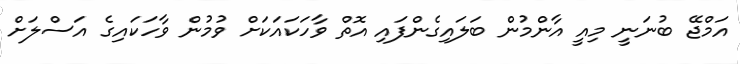
އަމްޖޭ ބުނަނީ މިއީ އާންމުން ބަލައިގެންފައި އޮތް ވާހަކައަކަށް ވުމުން ވާހަކައިގެ އަސްލަށް